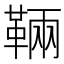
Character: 䩫